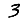
Digit: 3